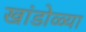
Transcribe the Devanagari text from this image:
खांडोळ्या